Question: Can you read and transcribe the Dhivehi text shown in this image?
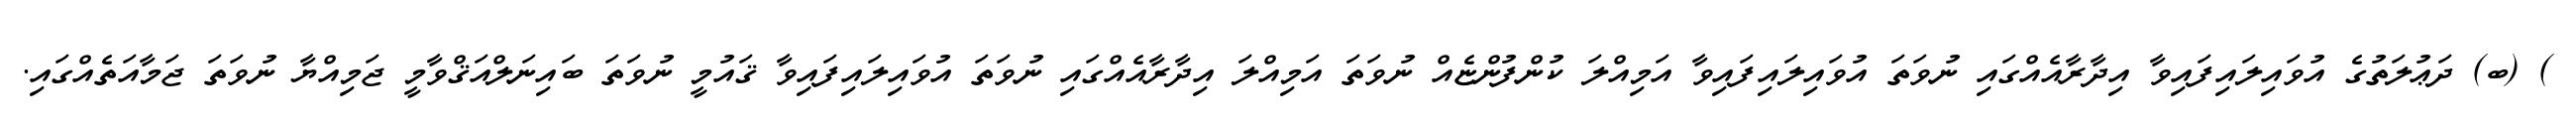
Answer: ) (ބ) ދަޢުލަތުގެ އުވައިލައިފައިވާ އިދާރާއެއްގައި ނުވަތަ އުވައިލައިފައިވާ އަމިއްލަ ކުންފުންޏެއް ނުވަތަ އަމިއްލަ އިދާރާއެއްގައި ނުވަތަ އުވައިލައިފައިވާ ޤައުމީ ނުވަތަ ބައިނަލްއަޤްވާމީ ޖަމިއްޔާ ނުވަތަ ޖަމާއަތެއްގައި.